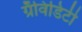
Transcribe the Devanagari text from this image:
ग्रॅविडिटी